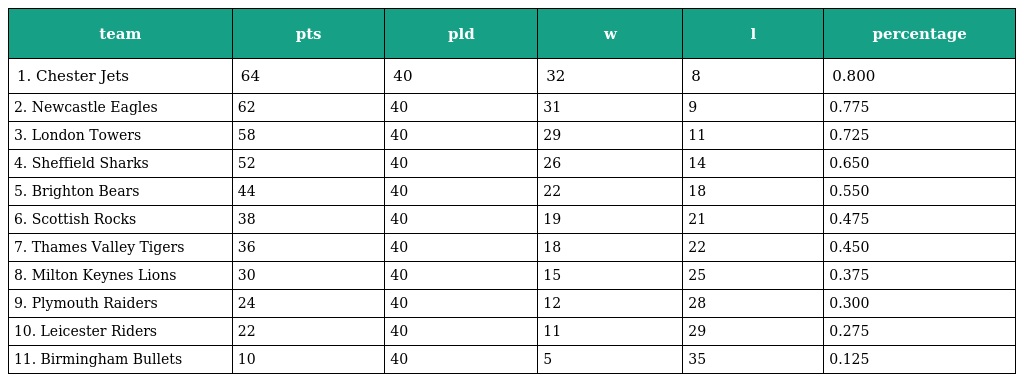
| team | pts | pld | w | l | percentage |
 | --- | --- | --- | --- | --- | --- |
 | 1. Chester Jets | 64 | 40 | 32 | 8 | 0.800 |
 | 2. Newcastle Eagles | 62 | 40 | 31 | 9 | 0.775 |
 | 3. London Towers | 58 | 40 | 29 | 11 | 0.725 |
 | 4. Sheffield Sharks | 52 | 40 | 26 | 14 | 0.650 |
 | 5. Brighton Bears | 44 | 40 | 22 | 18 | 0.550 |
 | 6. Scottish Rocks | 38 | 40 | 19 | 21 | 0.475 |
 | 7. Thames Valley Tigers | 36 | 40 | 18 | 22 | 0.450 |
 | 8. Milton Keynes Lions | 30 | 40 | 15 | 25 | 0.375 |
 | 9. Plymouth Raiders | 24 | 40 | 12 | 28 | 0.300 |
 | 10. Leicester Riders | 22 | 40 | 11 | 29 | 0.275 |
 | 11. Birmingham Bullets | 10 | 40 | 5 | 35 | 0.125 |